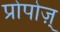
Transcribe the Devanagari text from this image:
प्रोपोज़्